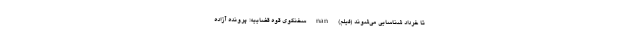
تا خرداد شناسایی می‌شوند (فیلم) nan سخنگوی قوه قضاییه: پرونده آزاده